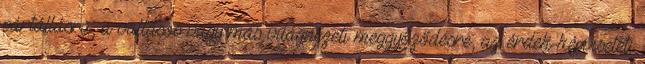
pártállásra, a vallásos vagy más világnézeti meggyőződésre, az érdek-képviseleti